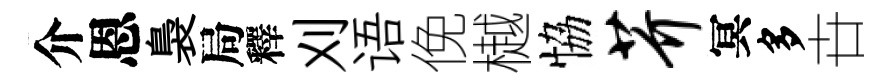
介恩裊局釋刈语俛樾恊芥冥多卋